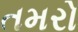
તમરો